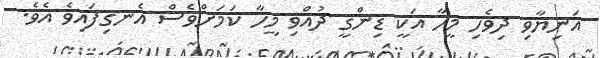
އަނިޔާވި ދިވެހި މީހާ އަކީ ޑިންގީ ދުއްވި މީހާ ކަމަށްވެސް އެނގިފައިވެ އެވެ.